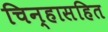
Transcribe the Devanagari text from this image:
चिन्हासहित